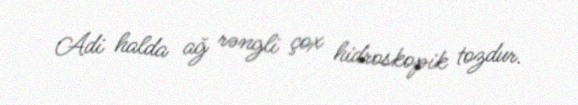
Adi halda ağ rəngli çox hidroskopik tozdur.